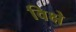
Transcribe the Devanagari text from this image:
विक्षे